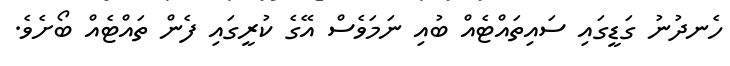
ހެނދުނު ގަޑީގައި ސައިތައްޓެއް ބުއި ނަމަވެސް އޭގެ ކުރީގައި ފެން ތައްޓެއް ބޯށެވެ.